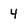
Character: 4